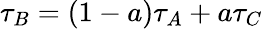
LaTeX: \tau_{B}=(1-a)\tau_{A}+a\tau_{C}